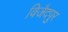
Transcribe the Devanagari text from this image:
विजैदपुर